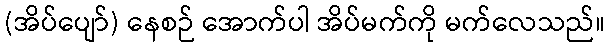
(အိပ်ပျော်) နေစဉ် အောက်ပါ အိပ်မက်ကို မက်လေသည်။